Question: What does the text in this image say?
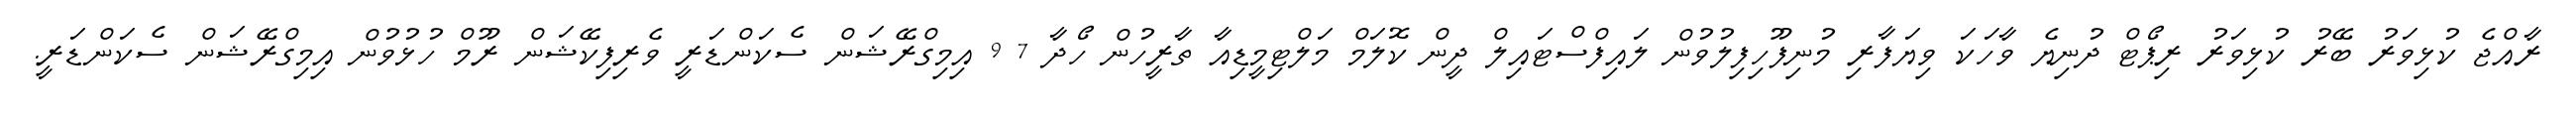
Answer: ރާއްޖެ ކުޅިވަރު ބޭރު ކުޅިވަރު ރިޕޯޓް ދުނިޔެ ވާހަކަ ވިޔަފާރި މުނިފޫހިފިލުވުން ލައިފްސްޓައިލް ދީން ކޮލަމް މަލްޓިމީޑިއާ ތާރީހުން ހޯދާ 7 9 އިމިގްރޭޝަން ސެކަންޑަރީ ވެރިފިކޭޝަން ރޫމް ހުޅުވުން އިމިގްރޭޝަން ސެކަންޑަރީ.